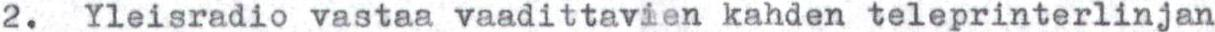
2.  Yleisradio vastaa vaadittavien kahden teleprinterlinjan